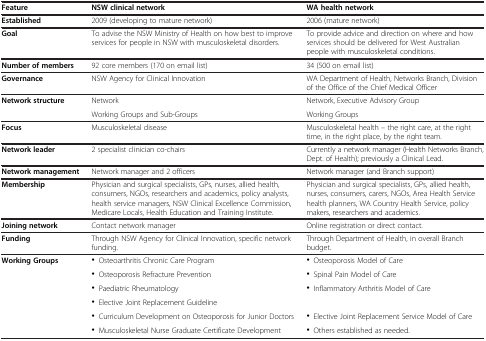
| Feature | NSW clinical network | WA health network |
 | --- | --- | --- |
 | Established | 2009 (developing to mature network) | 2006 (mature network) |
 | Goal | To advise the NSW Ministry of Health on how best to improve services for people in NSW with musculoskeletal disorders. | To provide advice and direction on where and how services should be delivered for West Australian people with musculoskeletal conditions. |
 | Number of members | 92 core members (170 on email list) | 34 (500 on email list) |
 | Governance | NSW Agency for Clinical Innovation | WA Department of Health, Networks Branch, Division of the Office of the Chief Medical Officer |
 | <ROWSPAN=2> Network structure | Network | Network, Executive Advisory Group |
 | Working Groups and Sub-Groups | Working Groups |
 | Focus | Musculoskeletal disease | Musculoskeletal health – the right care, at the right time, in the right place, by the right team. |
 | Network leader | 2 specialist clinician co-chairs | Currently a network manager (Health Networks Branch, Dept. of Health); previously a Clinical Lead. |
 | Network management | Network manager and 2 officers | Network manager (and Branch support) |
 | Membership | Physician and surgical specialists, GPs, nurses, allied health, consumers, NGOs, researchers and academics, policy analysts, health service managers, NSW Clinical Excellence Commission, Medicare Locals, Health Education and Training Institute. | Physician and surgical specialists, GPs, allied health, nurses, consumers, carers, NGOs, Area Health Service health planners, WA Country Health Service, policy makers, researchers and academics. |
 | Joining network | Contact network manager | Online registration or direct contact. |
 | Funding | Through NSW Agency for Clinical Innovation, specific network funding. | Through Department of Health, in overall Branch budget. |
 | <ROWSPAN=5> Working Groups | • Osteoarthritis Chronic Care Program | • Osteoporosis Model of Care |
 | • Osteoporosis Refracture Prevention | • Spinal Pain Model of Care |
 | • Paediatric Rheumatology | <ROWSPAN=2> • Inflammatory Arthritis Model of Care |
 | • Elective Joint Replacement Guideline |
 | • Curriculum Development on Osteoporosis for Junior Doctors | • Elective Joint Replacement Service Model of Care |
 |  | • Musculoskeletal Nurse Graduate Certificate Development | • Others established as needed. |